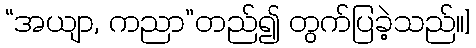
“အယျာ, ကညာ”တည်၍ တွက်ပြခဲ့သည်၊၊]